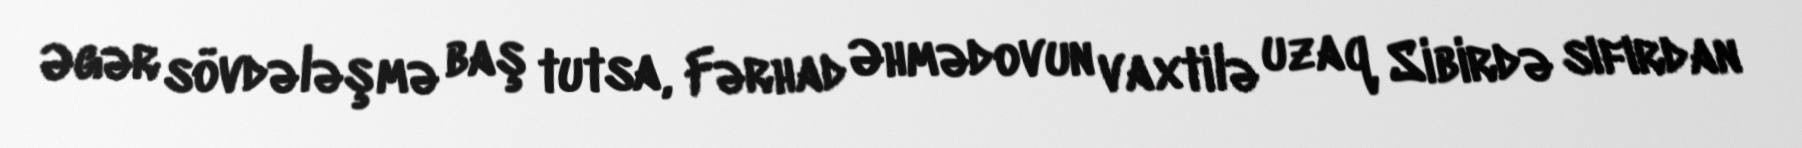
Əgər sövdələşmə baş tutsa, Fərhad Əhmədovun vaxtilə uzaq Sibirdə sıfırdan